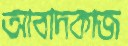
আবাদকাজ